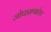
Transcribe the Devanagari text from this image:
जोपासणारेच